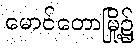
မောင်တောမြို့၌